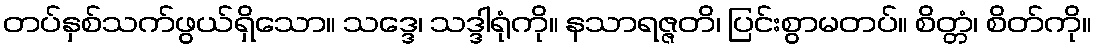
တပ်နှစ်သက်ဖွယ်ရှိသော။ သဒ္ဒေ၊ သဒ္ဒါရုံကို။ နသာရဇ္ဇတိ၊ ပြင်းစွာမတပ်။ စိတ္တံ၊ စိတ်ကို။